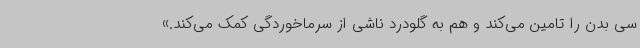
سی بدن را تامین می‌کند و هم به گلودرد ناشی از سرماخوردگی کمک می‌کند.»